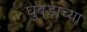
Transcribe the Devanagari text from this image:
घुबडाच्या